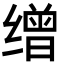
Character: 缯